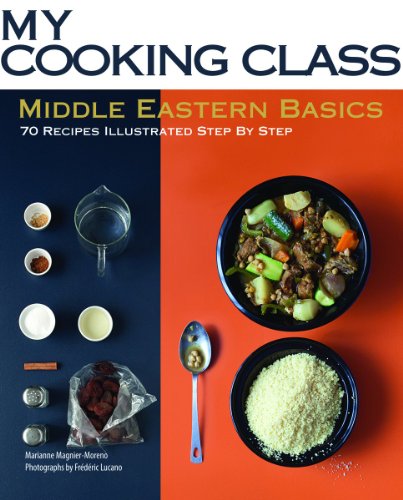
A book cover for Middle Eastern Basics: 70 Recipes Illustrated Step by Step (My Cooking Class); Marianne Magnier-Moreno; Cookbooks, Food & Wine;